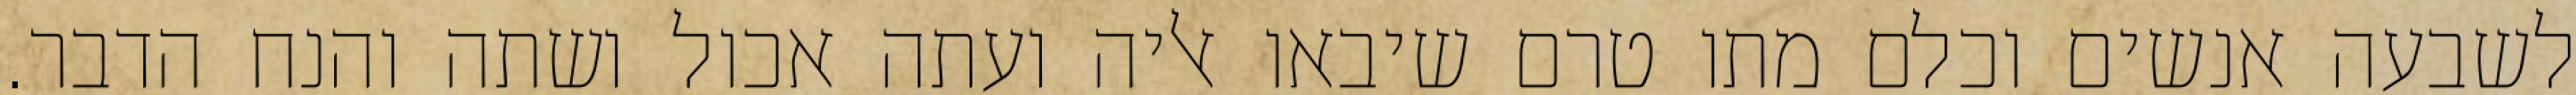
לשבעה אנשים וכלם מתו טרם שיבאו אליה ועתה אכול ושתה והנח הדבר.